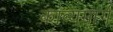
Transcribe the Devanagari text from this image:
काव्यमार्ग